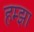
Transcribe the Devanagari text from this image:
हम्झा